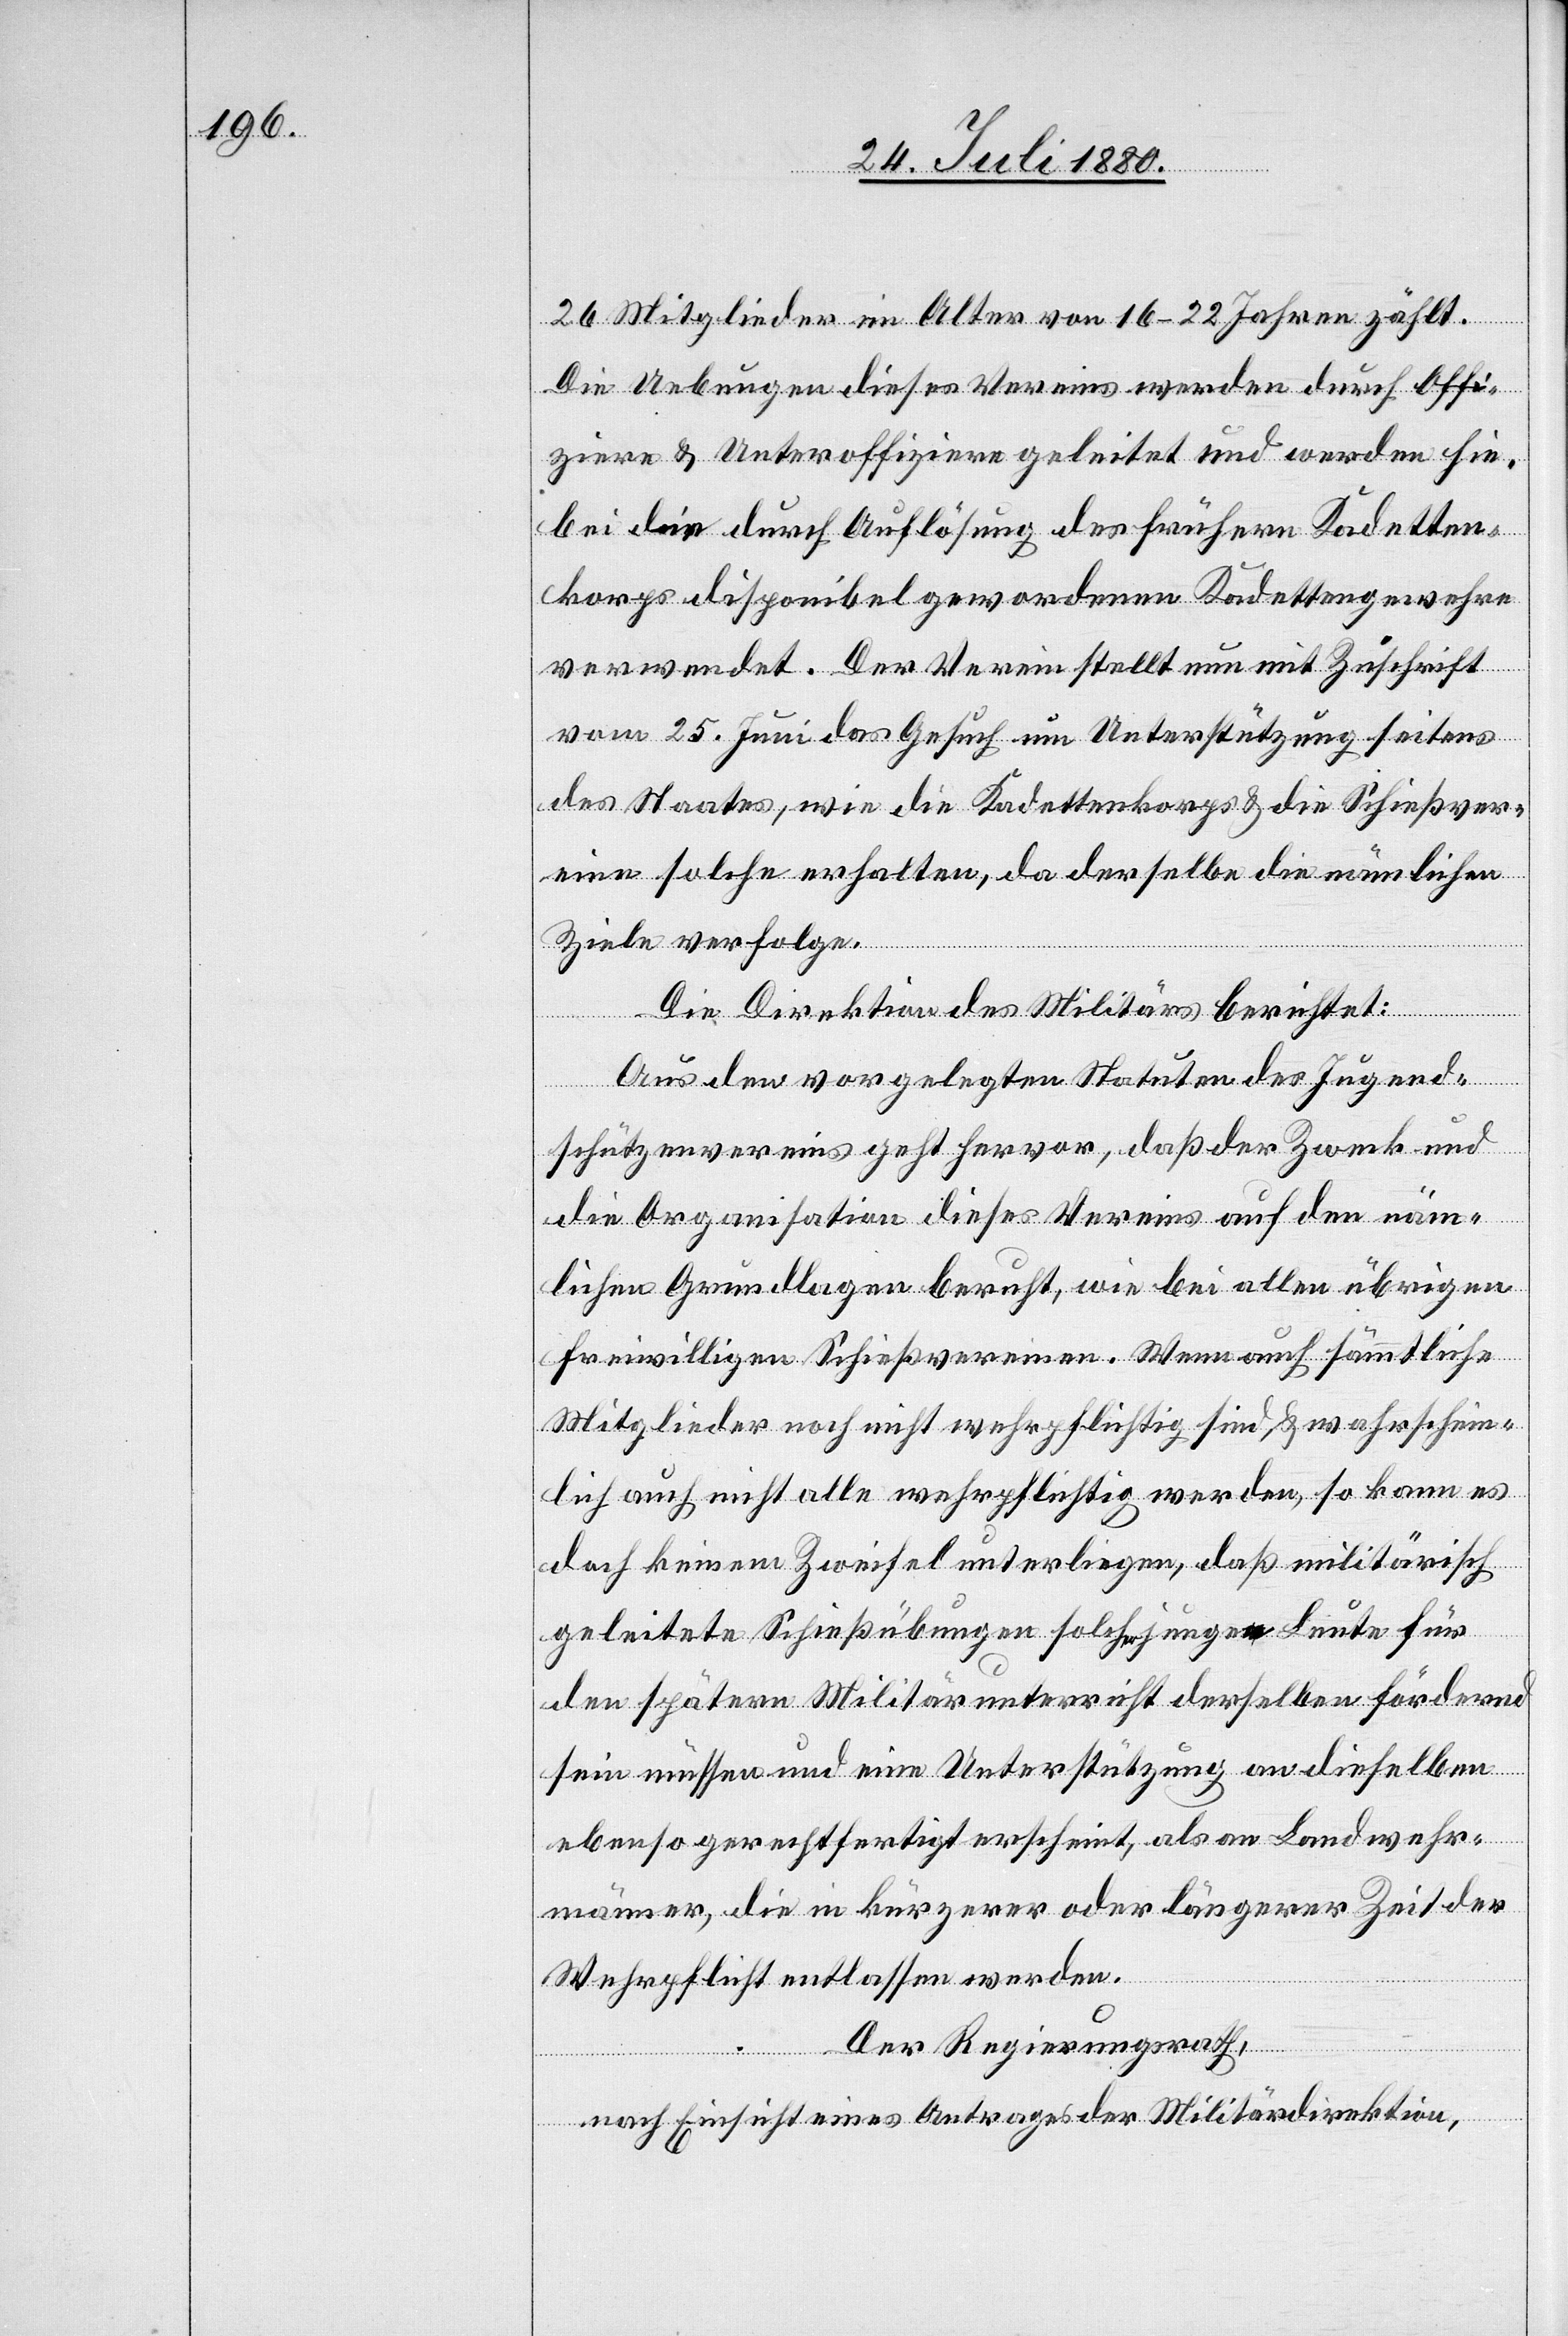
26 Mitglieder im Alter von 16–22 Jahren zählt.
Die Uebungen dieses Vereins werden durch Offi¬
ziere & Unteroffiziere geleitet und werden hie¬
bei die durch Auflösung des frühern Kadetten¬
korps disponibel gewordenen Kadettengewehre
verwendet. Der Verein stellt nun mit Zuschrift
vom 25. Juni das Gesuch um Unterstützung seitens
des Staates, wie die Kadettenkorps & die Schießver¬
eine solche erhalten, da derselbe die nämlichen
Ziele verfolge.
Die Direktion des Militärs berichtet:
Aus den vorgelegten Statuten des Jugend-S¬
chützenvereins geht hervor, daß der Zweck und
die Organisation dieses Vereins auf den näm¬
lichen Grundlagen beruht, wie bei allen übrigen
freiwilligen Schießvereinen. Wenn auch sämmtliche
Mitglieder noch nicht wehrpflichtig sind & wahrschein¬
lich auch nicht alle wehrpflichtig werden, so kann es
doch keinem Zweifel unterliegen, daß militärisch
geleitete Schießübungen solchen jungen Leute für
den spätern Militärunterricht derselben fördernd
sein müssen und eine Unterstützung an dieselben
ebenso gerechtfertigt erscheint, als an Landwehr¬
männer, die in kürzerer oder längerer Zeit der
Wehrpflicht entlassen werden.
Der Regierungsrath,
nach Einsicht eines Antrages der Militärdirektion,